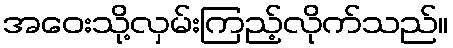
အဝေးသို့လှမ်းကြည့်လိုက်သည်။